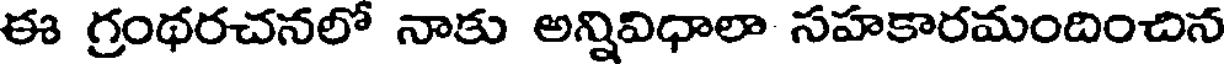
ఈ గ్రంథరచనలో నాకు అన్నివిధాలా సహకారమందించిన